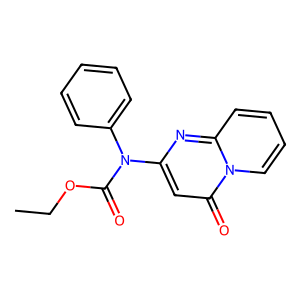
SMILES: CCOC(=O)N(c1ccccc1)c1cc(=O)n2ccccc2n1
Inhibits HIV replication: No